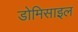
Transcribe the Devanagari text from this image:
डोमिसाइल